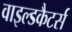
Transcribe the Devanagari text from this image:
वाइल्डकैटर्स